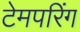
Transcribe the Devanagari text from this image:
टेमपरिंग